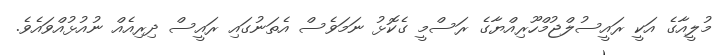
މުލީއާގެ އަކީ ރައީސުލްޖުމްހޫރިއްޔާގެ ރަސްމީ ގެކޮޅު ނަމަވެސް އެތަނުގައި ރައީސް ދިރިއެއް ނުއުޅުއްވައެވެ.